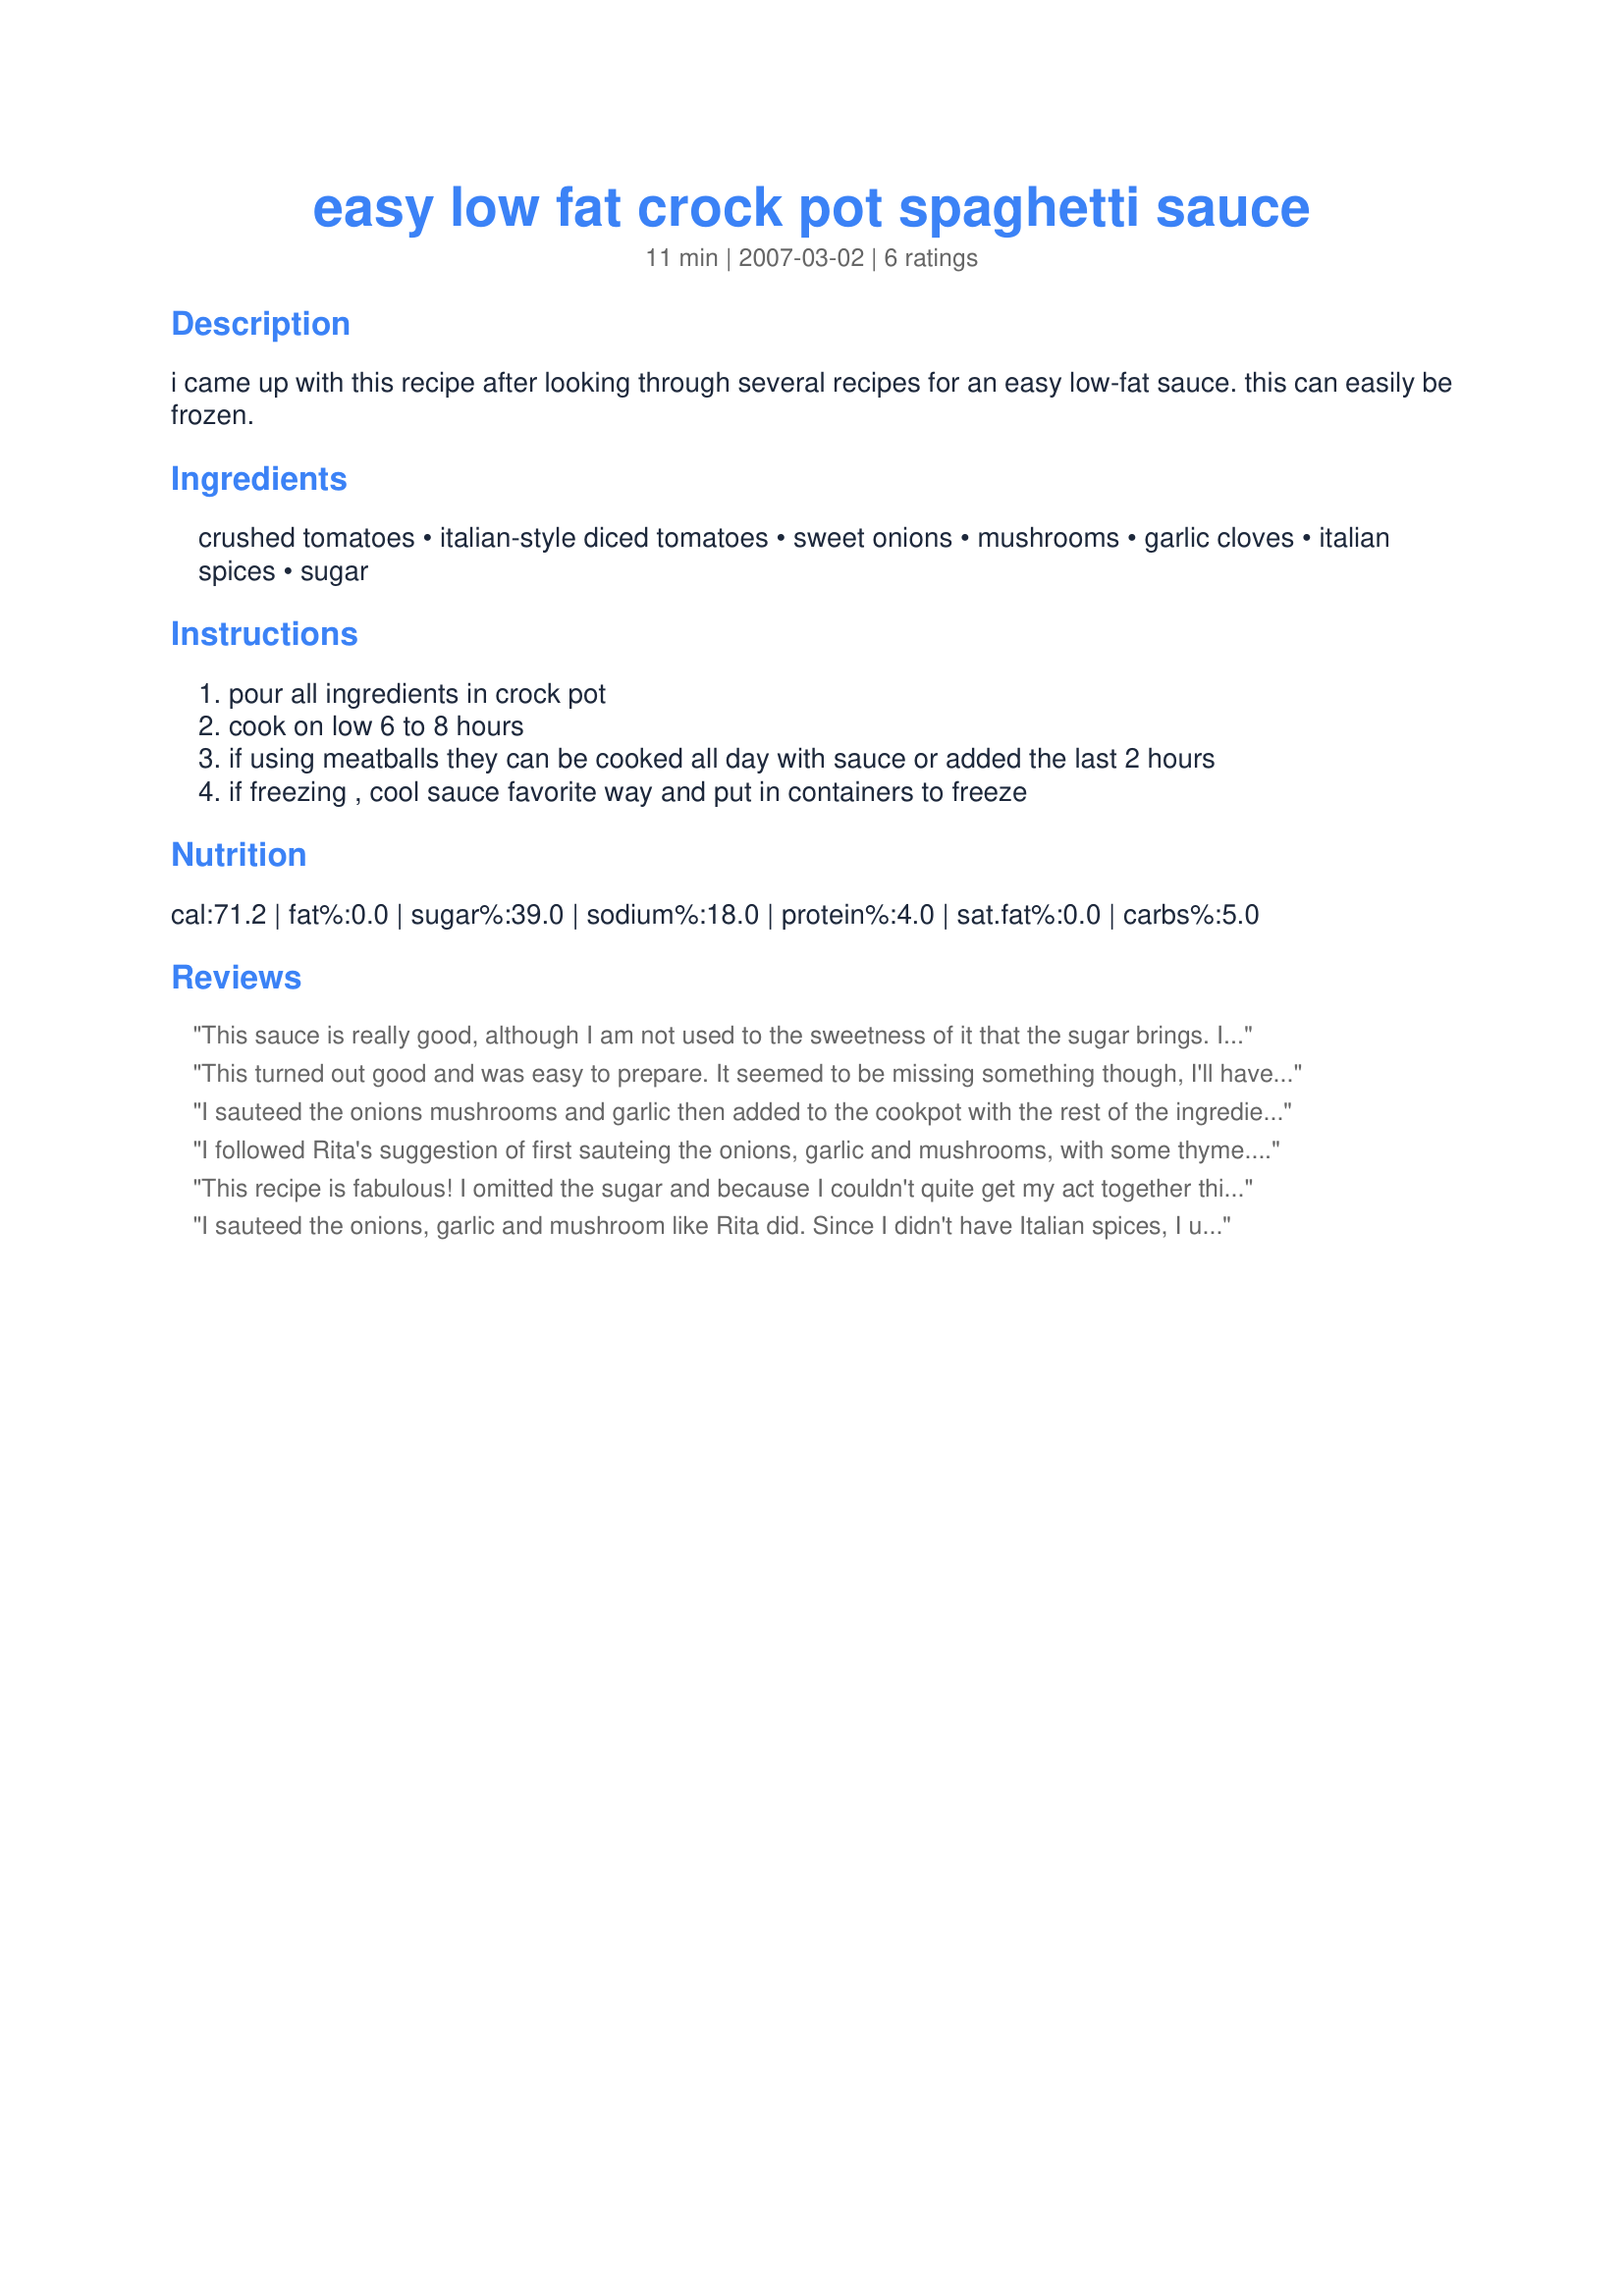
easy low fat crock pot spaghetti sauce
Preparation time: 11 minutes

i came up with this recipe after looking through several recipes for an easy low-fat sauce. this can easily be frozen.

Ingredients:
crushed tomatoes, italian-style diced tomatoes, sweet onions, mushrooms, garlic cloves, italian spices, sugar

Steps:
pour all ingredients in crock pot
cook on low 6 to 8 hours
if using meatballs they can be cooked all day with sauce or added the last 2 hours
if freezing , cool sauce favorite way and put in containers to freeze

Reviews:
This sauce is really good, although I am not used to the sweetness of it that the sugar brings. I think next time I'll put in a little less sugar
This turned out good and was easy to prepare. It seemed to be missing something though, I'll have to keep experimenting to kick it up a touch. I added a chopped green pepper to it and used it for lasagna. Thanks for posting.
I sauteed the onions mushrooms and garlic then added to the cookpot with the rest of the ingredients. I seasoned with salt and papper. Thanks
I followed Rita's suggestion of first sauteing the onions, garlic and mushrooms, with some thyme. Because I love the combination of leeks with onions and garlic, I also added 2 leeks. I added salt and freshly ground black pepper, oregano, marjoram, rosemary, sage and a bit more thyme, and I used Aldi's Italian tomatoes. This such an easy recipe, and it was great to be able to just add the meatballs - I made diner524's Recipe #304666 - and forget about the whole dish. I do love good crockpot recipes. This is a really easy and flavoursome spaghetti sauce: I'll be making this again and again! Both to eat right away and to put in the freezer. I particularly love the fact that there is no tomato paste or other ingredients full of chemicals in this. Thank you again, MsSally, for a really fabulous recipe. Made for Every "DAY" Is A Holiday!
This recipe is fabulous! I omitted the sugar and because I couldn't quite get my act together this morning (lol :)) cooked it on HIGH for 3 hours. I loved the mushrooms in it! I will definitely make this again. I served it with Recipe #33944 and it went together perfectly. This recipe does make a TON of sauce, I think next time I might cut in half but I will enjoy it again & again. Thank you so much for sharing - it's a keeper!
I sauteed the onions, garlic and mushroom like Rita did. Since I didn't have Italian spices, I used 1 tbs of oregano, 1 tbs of thyme, 1 tbs of basil. The taste is very good. Thanks MsSally :) Made for 123 hit wonders.
